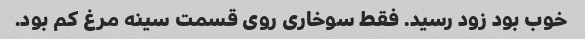
خوب بود زود رسید. فقط سوخاری روی قسمت سینه مرغ کم بود.